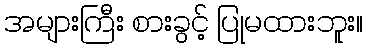
အများကြီး စားခွင့် ပြုမထားဘူး။